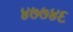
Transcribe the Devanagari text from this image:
४७७४६